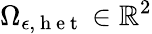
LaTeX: {\Omega}_{\epsilon,\mathrm{~h~e~t~}}\in\mathbb{R}^{2}